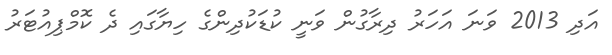
އަދި 2013 ވަނަ އަހަރު ދިރާގުން ވަނީ ކުޑަކުދިންގެ ހިޔާގައި ދެ ކޮމްޕިއުޓަރު